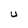
Character: U